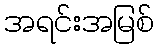
အရင်းအမြစ်